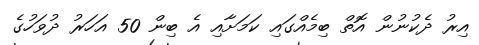
އިރު ދެކުނުން އޮތް ބިމެއްގައި ކަމަށާއި އެ ބިން 50 އަހަރު ދުވަހުގެ